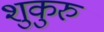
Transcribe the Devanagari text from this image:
शुकुरु